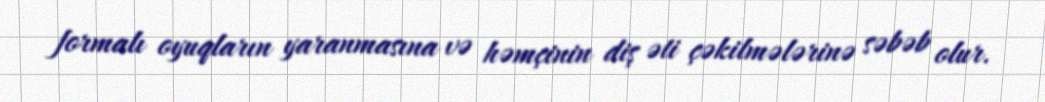
formalı oyuqların yaranmasına və həmçinin diş əti çəkilmələrinə səbəb olur.